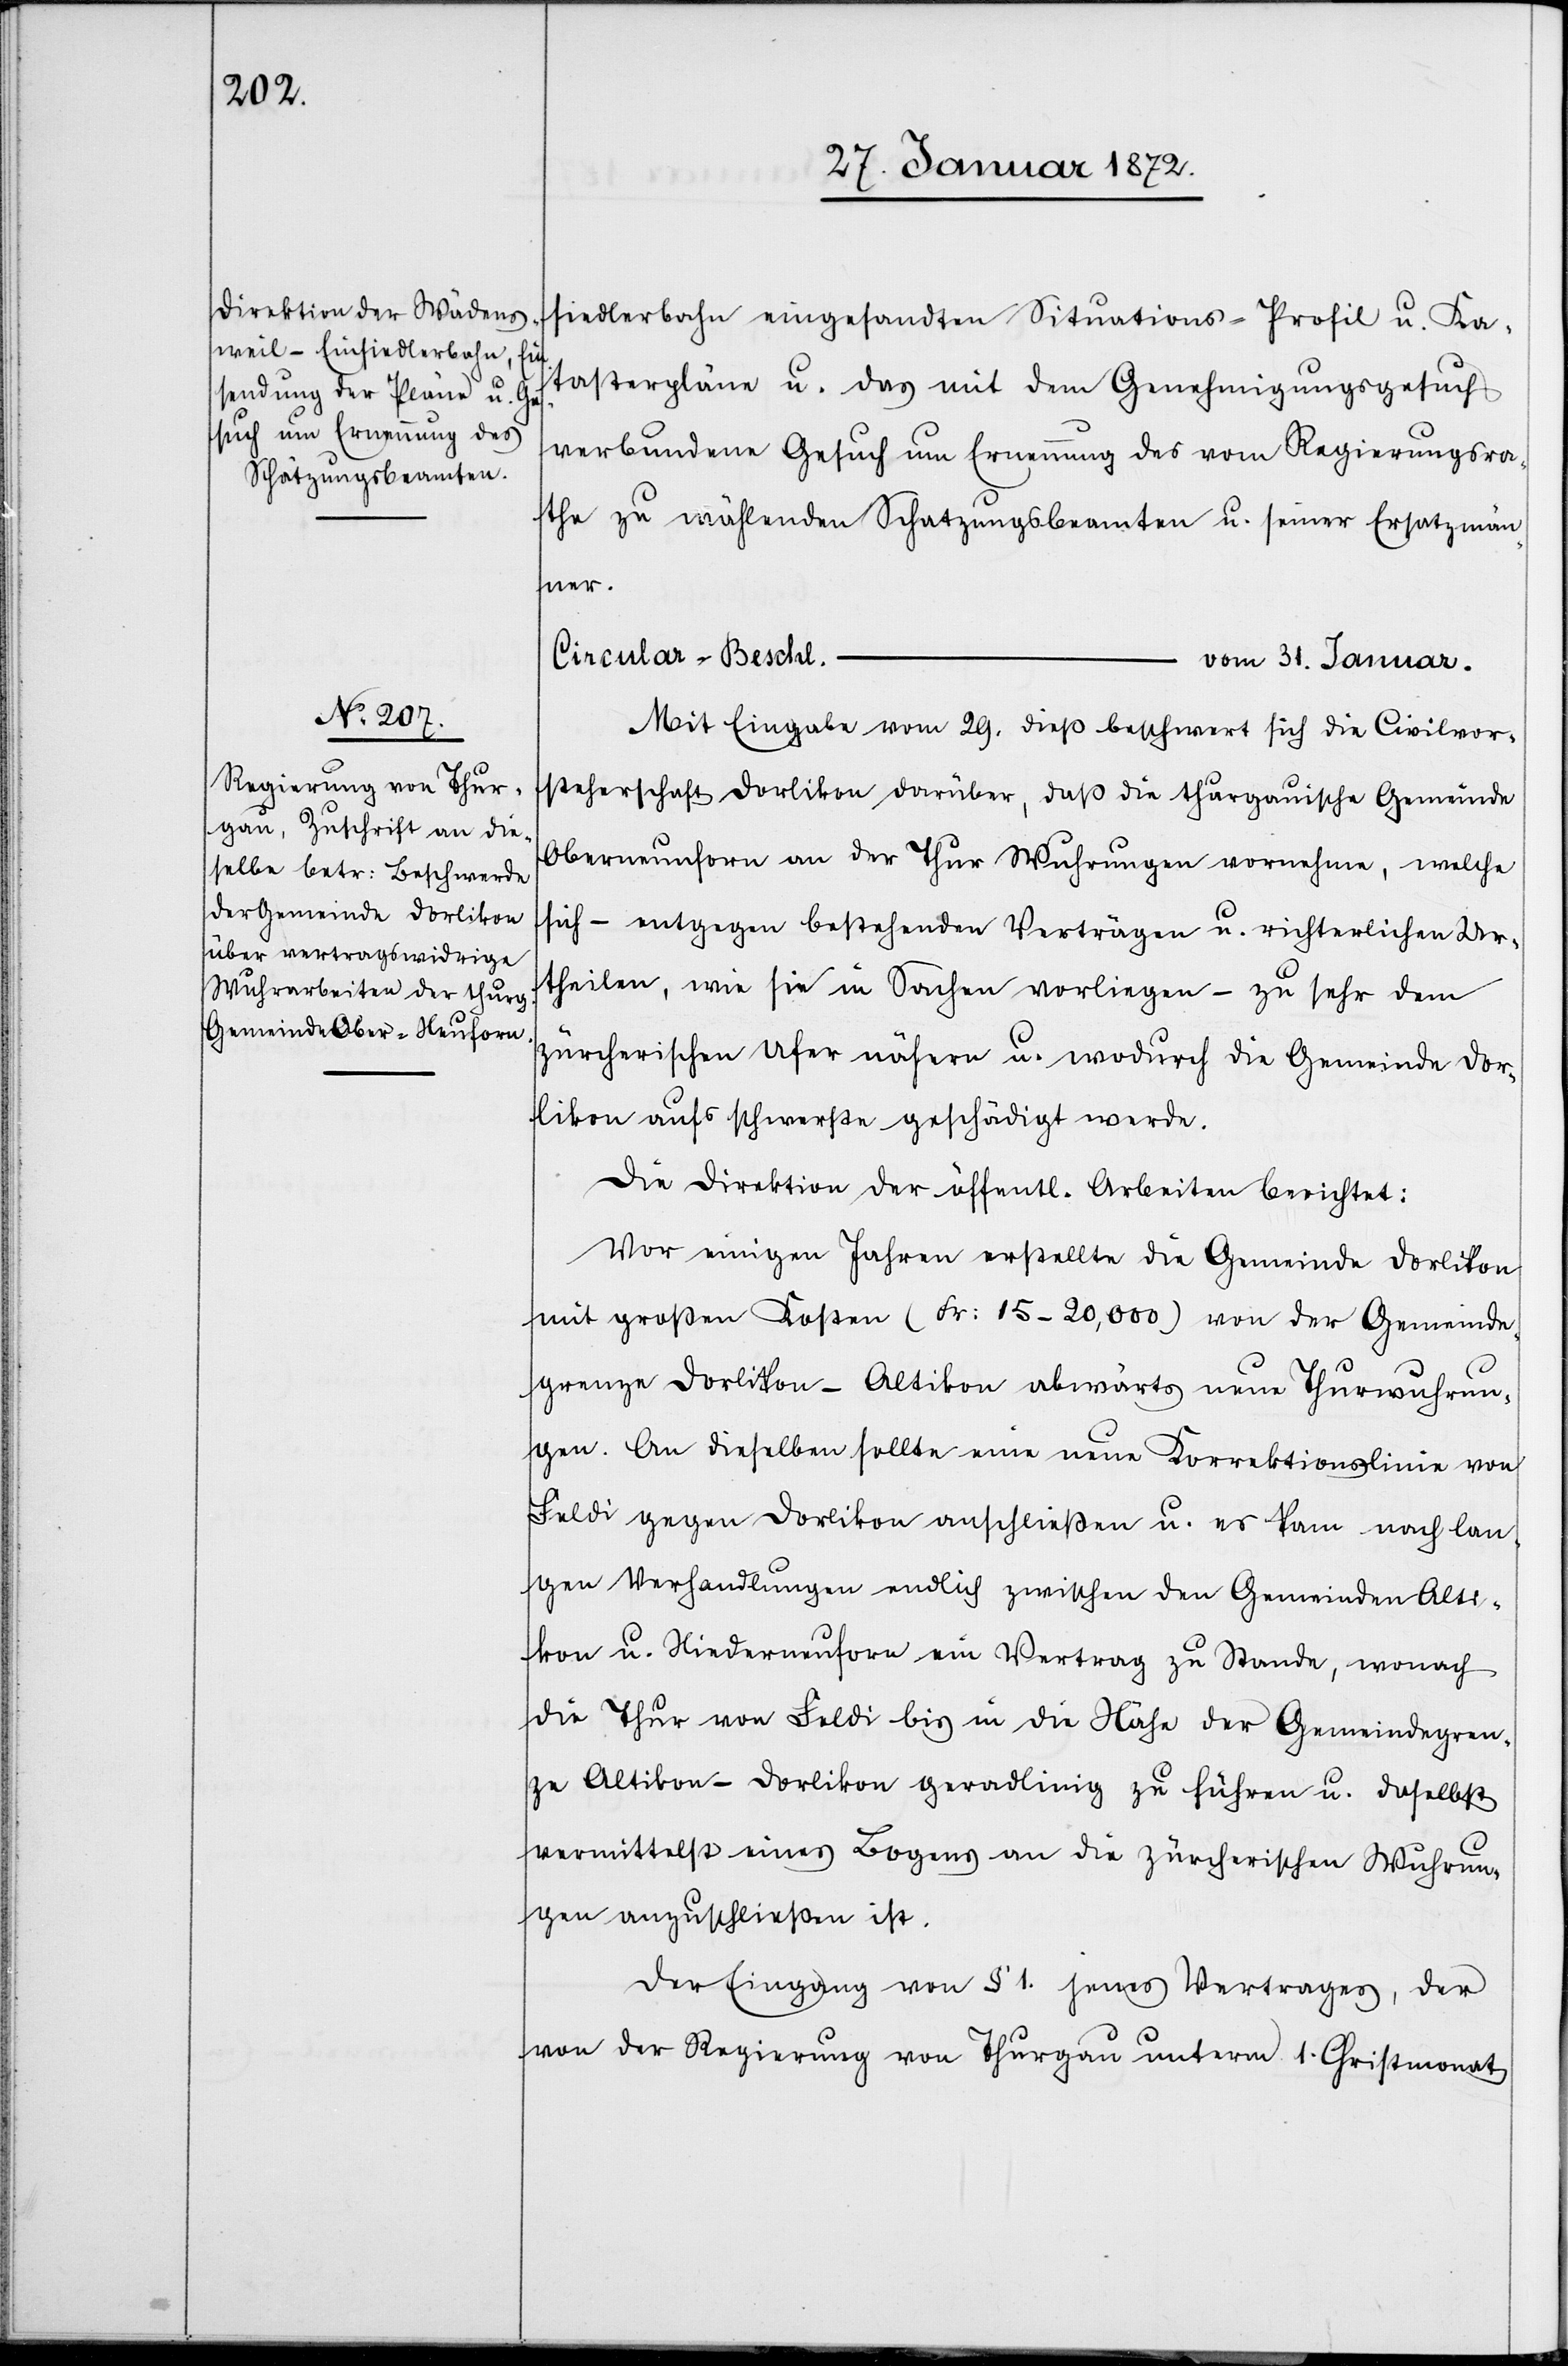
siedlerbahn eingesandten Situations-Profil u. Ka¬
tasterpläne u. das mit dem Genehmigungsgesuch
verbundene Gesuch um Ernennung des vom Regierungsra¬
the zu wählenden Schatzungsbeamten u. seiner Ersatzmän¬
ner.
Circular-Beschl.
vom 31. Januar.
Mit Eingabe vom 29. dieß beschwert sich die Civilvor¬
steherschaft Dorlikon darüber, daß die thurgauische Gemeinde
Oberneunforn an der Thur Wuhrungen vornehme, welche
sich – entgegen bestehenden Verträgen u. richterlichen Ur¬
theilen, wie sie in Sachen vorliegen – zu sehr dem
zürcherischen Ufer nähern u. wodurch die Gemeinde Dor¬
likon aufs schwerste geschädigt werde.
Die Direktion der öffentlichen Arbeiten berichtet:
Vor einigen Jahren erstellte die Gemeinde Dorlikon
mit großen Kosten (Fr. 15–20,000) von der Gemeinde¬
grenze Dorlikon-Altikon abwärts neue Thurwuhrun¬
gen. An dieselben sollte eine neue Korrektionslinie von
Feldi gegen Dorlikon anschließen u. es kam nach lan¬
gen Verhandlungen endlich zwischen den Gemeinden Alti¬
kon u. Niederneuforn ein Vertrag zu Stande, wonach
die Thur von Feldi bis in die Nähe der Gemeindegren¬
ze Altikon-Dorlikon geradlinig zu führen u. daselbst
vermittelst eines Bogens an die zürcherischen Wuhrun¬
gen anzuschließen ist.
Der Eingang von § 1. jenes Vertrages, der
von der Regierung von Thurgau unterm 1. Christmonat